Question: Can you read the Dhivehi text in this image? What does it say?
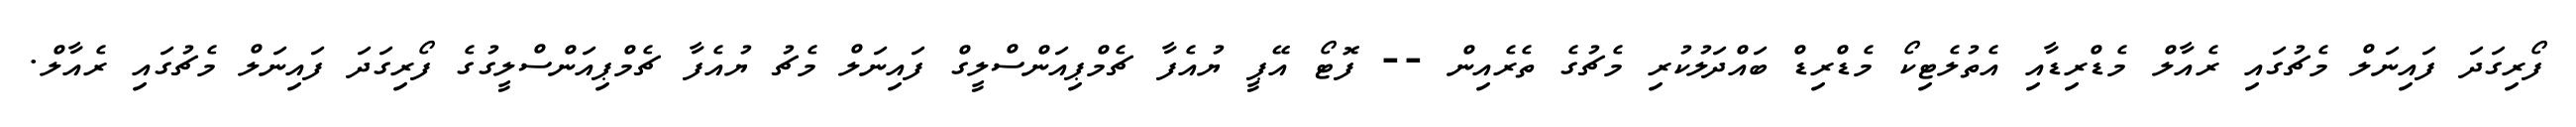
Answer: ފޯރިގަދަ ފައިނަލް މެޗުގައި ރެއާލް މެޑްރިޑާއި އެތުލެޓިކޯ މެޑްރިޑް ބައްދަލުކުރި މެޗުގެ ތެރެއިން -- ފޮޓޯ އޭޕީ ޔުއެފާ ޗެމްޕިއަންސްލީގް ފައިނަލް މެޗު ޔުއެފާ ޗެމްޕިއަންސްލީގުގެ ފޯރިގަދަ ފައިނަލް މެޗުގައި ރެއާލް.